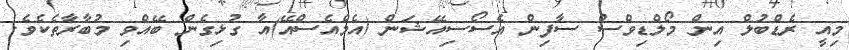
މިއީ ރެޑްބުލް އިން މޯލްޑިވްސް ސާފިން އެސޯސިއޭޝަން (އެމްއެސްއޭ)އާ ގުޅިގެން ބޭއްވި މުބާރާތެކެވެ.